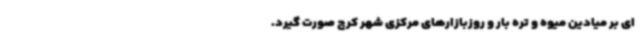
ای بر میادین میوه و تره بار و روزبازارهای مرکزی شهر کرج صورت گیرد.